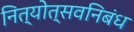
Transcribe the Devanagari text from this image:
नित्योत्सवनिबंध